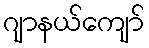
ဂျာနယ်ကျော်